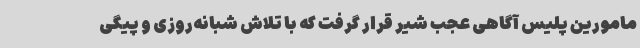
مامورین پلیس آگاهی عجب شیر قرار گرفت که با تلاش شبانه‌روزی و پیگی